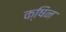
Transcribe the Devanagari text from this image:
क्षिन